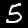
Label: 5